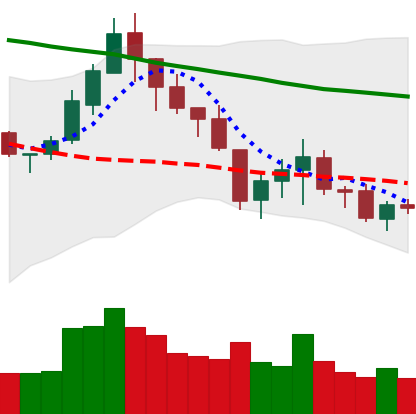
Ticker: LTC-USD
Chart end date: 2018-05-19
Forward return: -9.39%
Label: down_7plus